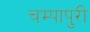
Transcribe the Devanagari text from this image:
चम्‍पापुरी